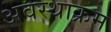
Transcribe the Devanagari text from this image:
अवस्थाक्रम